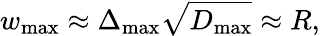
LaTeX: w_{\textrm{max}}\approx\Delta_{\textrm{max}}\sqrt{D_{\textrm{max}}}\approx R,